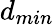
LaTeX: d_{min}